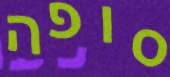
סופה